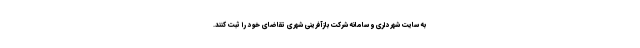
به سایت شهرداری و سامانه شرکت بازآفرینی شهری تقاضای خود را ثبت کنند.